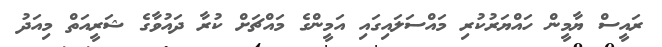
ރައީސް ޔާމީން ހައްޔަރުކުރި މައްސަލައިގައި އަމީންގެ މައްޗަށް ކުރާ ދައުވާގެ ޝަރީއަތް މިއަދު